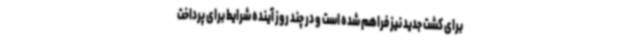
برای کشت جدید نیز فراهم شده است و در چند روز آینده شرایط برای پرداخت